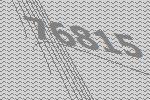
76815